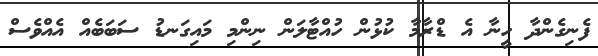
ފެނިގެންދާ ހީނާ އެ ޑްރާމާ ކުޅުން ހުއްޓާލަން ނިންމި މައިގަނޑު ސަބަބެއް އެއްވެސް